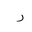
Letter: _ra